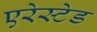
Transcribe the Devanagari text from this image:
एरेस्टेड